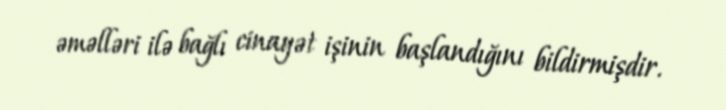
əməlləri ilə bağlı cinayət işinin başlandığını bildirmişdir.